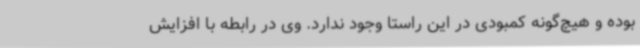
بوده و هیچ‌گونه کمبودی در این راستا وجود ندارد. وی در رابطه با افزایش